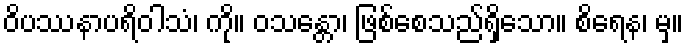
ဝိပဿနာပရိဝါသံ၊ ကို။ ဝသန္တော၊ ဖြစ်စေသည်ရှိသော။ စိရေန၊ မှ။